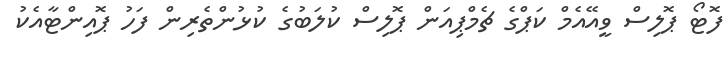
ފޮޓޯ ޕޮލިސް ވީއޭއެމް ކަޕްގެ ޗެމްޕިއަން ޕޮލިސް ކުލަބުގެ ކުޅުންތެރިން ފަހު ޕޮއިންޓާއެކު